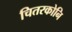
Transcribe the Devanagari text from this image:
चितरकोनि